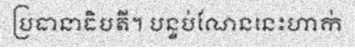
ប្រធានាធិបតី។ បន្ទប់ណែននេះហាក់